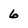
Character: 6